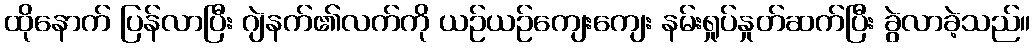
ထိုနောက် ပြန်လာပြီး ဂျဲနက်၏လက်ကို ယဉ်ယဉ်ကျေးကျေး နမ်းရှုပ်နှုတ်ဆက်ပြီး ခွဲလာခဲ့သည်။